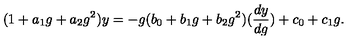
( 1 + a _ { 1 } g + a _ { 2 } g ^ { 2 } ) y = - g ( b _ { 0 } + b _ { 1 } g + b _ { 2 } g ^ { 2 } ) ( \frac { d y } { d g } ) + c _ { 0 } + c _ { 1 } g .